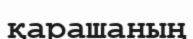
қарашаның